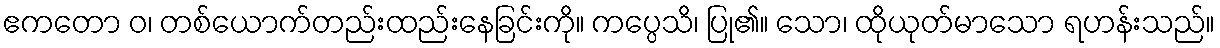
ဧကတော ဝ၊ တစ်ယောက်တည်းထည်းနေခြင်းကို။ ကပ္ပေသိ၊ ပြု၏။ သော၊ ထိုယုတ်မာသော ရဟန်းသည်။